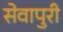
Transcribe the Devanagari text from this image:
सेवापुरी